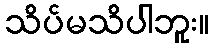
သိပ်မသိပါဘူး။